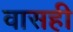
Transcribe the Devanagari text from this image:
वासही